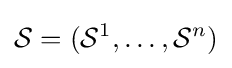
{\mathcal {S}}=({\mathcal {S}}^{1},\dots ,{\mathcal {S}}^{n})